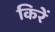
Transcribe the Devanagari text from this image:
किरें